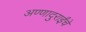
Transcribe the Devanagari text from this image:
अण्णादुराईंचे